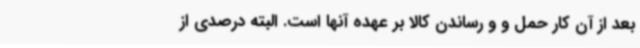
بعد از آن کار حمل و و رساندن کالا بر عهده آنها است. البته درصدی از